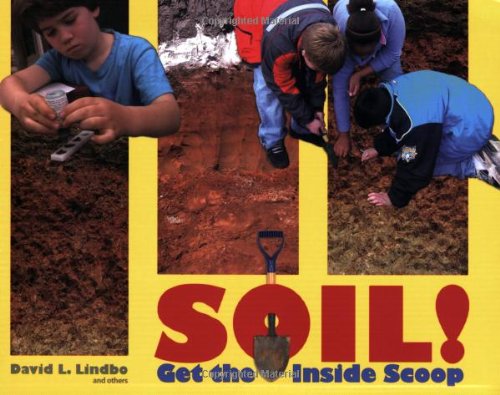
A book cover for SOIL! Get the Inside Scoop; David L. Lindbo and Others; Science & Math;